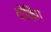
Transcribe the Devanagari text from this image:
वोर्किंग